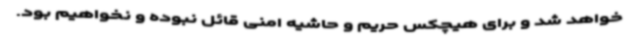
خواهد شد و برای هیچکس حریم و حاشیه امنی قائل نبوده و نخواهیم بود.